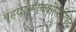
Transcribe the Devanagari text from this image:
बृहदारणयकोपनिषद